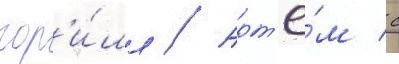
гор'и́лл // Арт'ё́м с